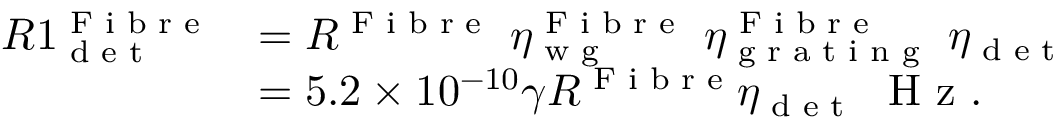
\begin{array} { r l } { R 1 _ { \textrm { d e t } } ^ { \textrm { F i b r e } } } & { = R ^ { \textrm { F i b r e } } \ \eta _ { \textrm { w g } } ^ { \textrm { F i b r e } } \ \eta _ { \textrm { g r a t i n g } } ^ { \textrm { F i b r e } } \ \eta _ { \textrm { d e t } } } \\ & { = 5 . 2 \times 1 0 ^ { - 1 0 } \gamma R ^ { \textrm { F i b r e } } \eta _ { \textrm { d e t } } \ \textrm { H z } . } \end{array}